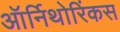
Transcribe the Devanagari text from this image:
ऑर्निथोरिंकस